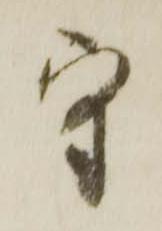
守